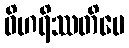
ဝိဟရိဿတိပေ